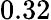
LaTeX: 0.32